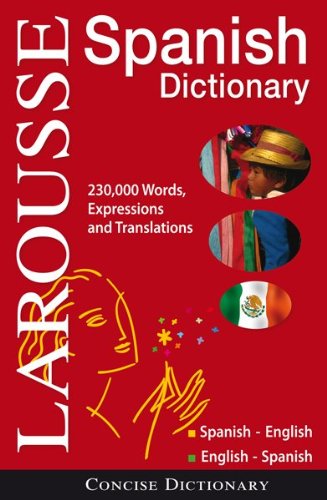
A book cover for Larousse Concise Dictionary: Spanish-English / English-Spanish; Larousse; Reference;